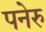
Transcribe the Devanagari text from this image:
पनेरु